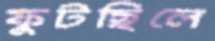
ফুটছিলে